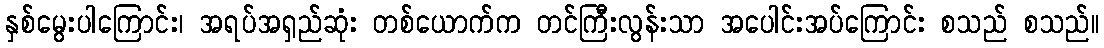
နှစ်မွေးပါကြောင်း၊ အရပ်အရှည်ဆုံး တစ်ယောက်က တင်ကြီးလွန်းသာ အပေါင်းအပ်ကြောင်း စသည် စသည်။